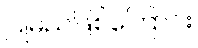
ပြုမည်ဖြစ်ကြောင်း